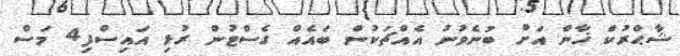
ޝާޙްރުކް ޚާން އަށް ބުނެވުނު އެއްޗަކުން ބައެއް ގެސްޓުން ރުޅި އައިސްފި4 މަސް